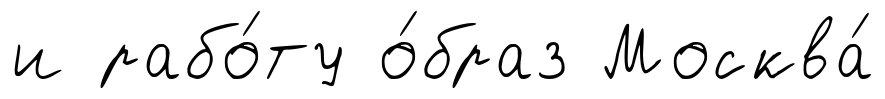
и рабо́ту о́браз Москва́